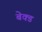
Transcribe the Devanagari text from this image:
बेक्‍ड